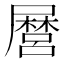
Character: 𭕸